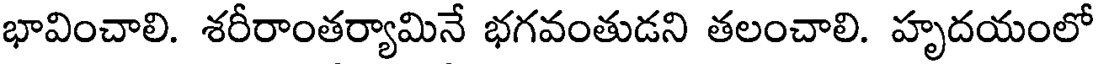
భావించాలి. శరీరాంతర్యామినే భగవంతుడని తలంచాలి. హృదయంలో